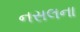
નસલના